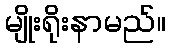
မျိုးရိုးနာမည်။